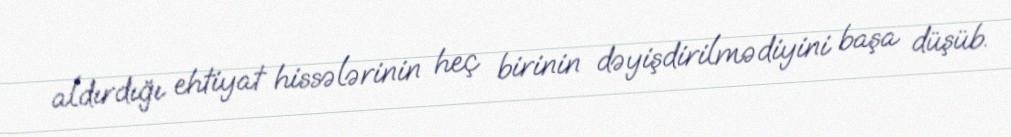
aldırdığı ehtiyat hissələrinin heç birinin dəyişdirilmədiyini başa düşüb.